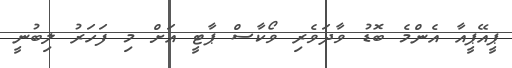
ޕީއޭޕީއާ އެންމެ ބޮޑު ވާދަވެރި ވޯކާސް ޕާޓީ އަށް މި ފަހަރު ލިބުނީ